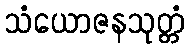
သံယောဇနသုတ္တံ